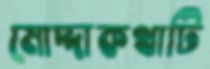
মোদ্দাকথাটি